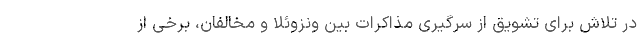
در تلاش برای تشویق از سرگیری مذاکرات بین ونزوئلا و مخالفان، برخی از